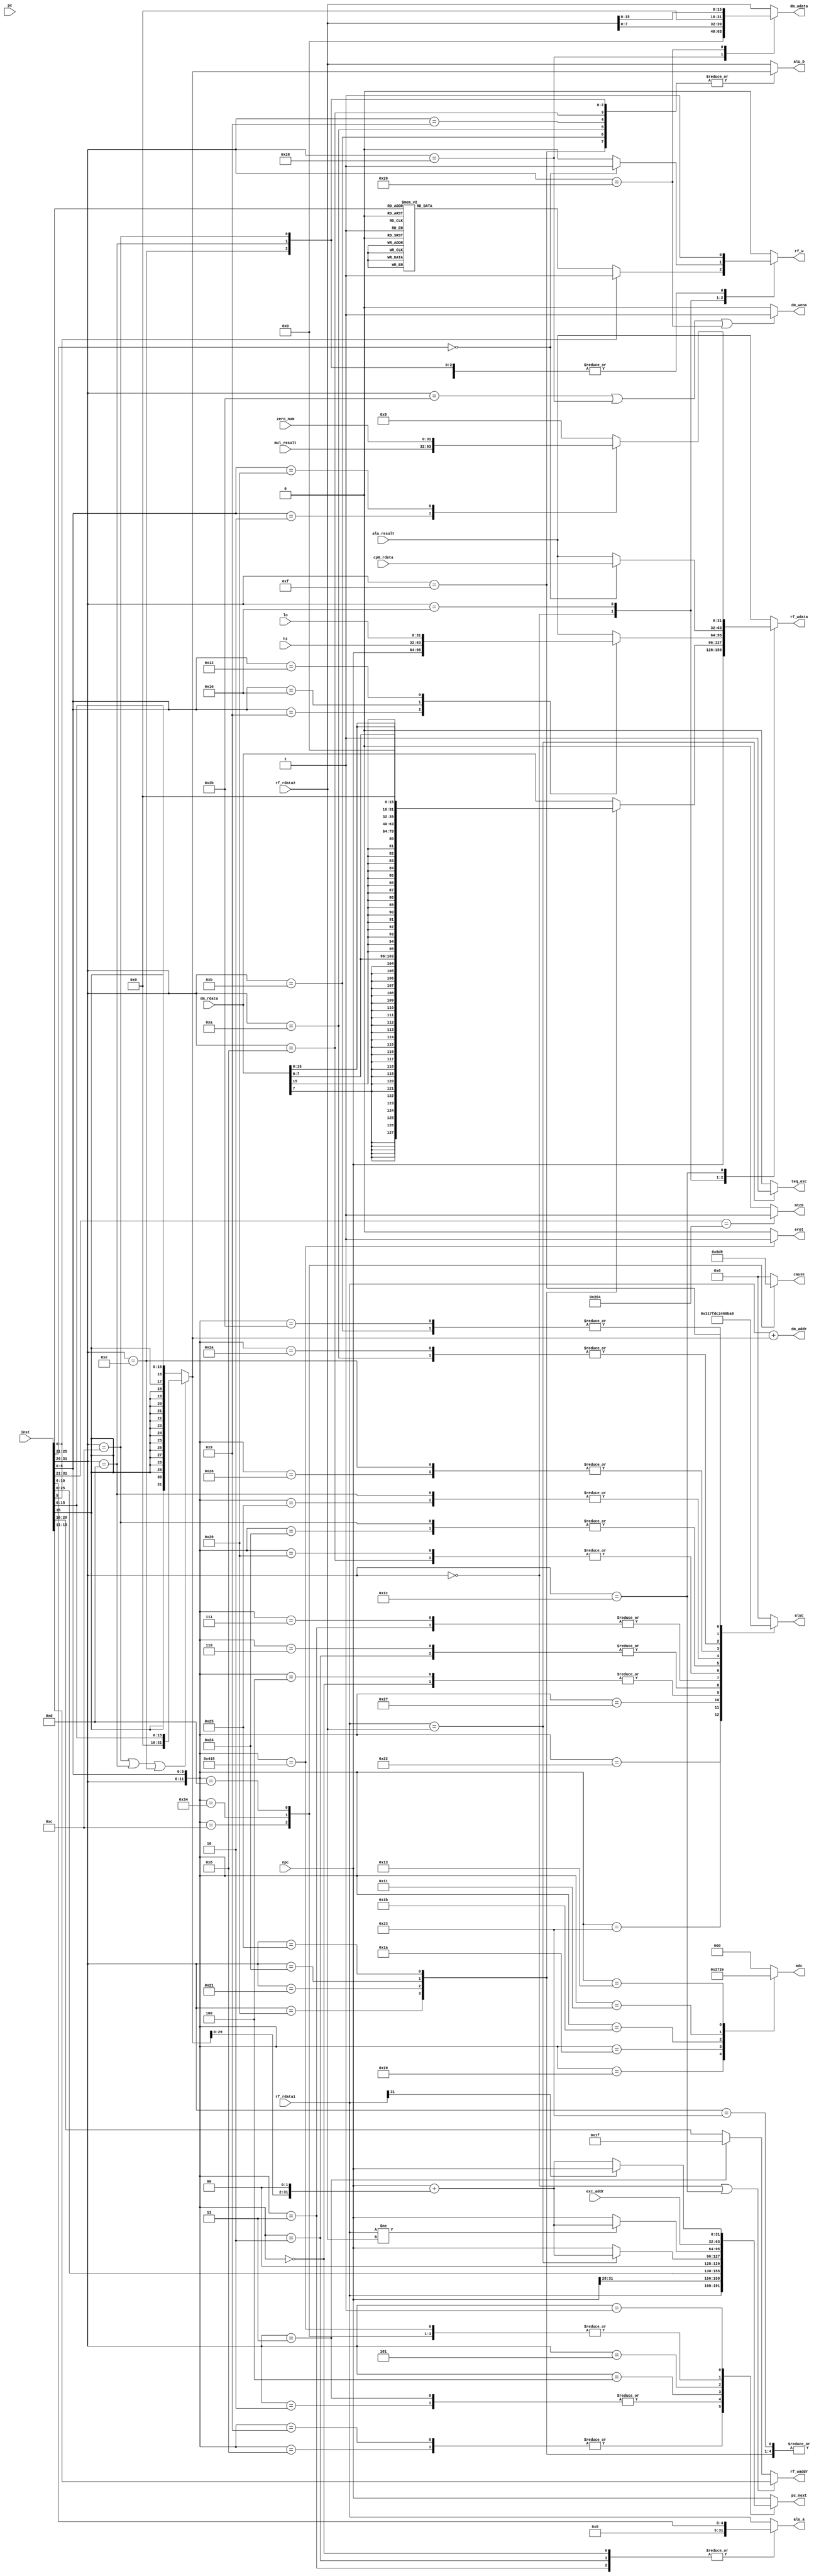
module controller(
    input  [31:0] inst,
    input  [31:0] pc,
    input  [31:0] npc,
    output reg [31:0] pc_next,
    //alu
    input  [31:0] alu_result,
    output reg [3 :0] aluc,
    output reg [31:0] alu_a,
    output reg [31:0] alu_b,
    //regfile
    output reg rf_w,
    output [4 :0] rf_waddr,
    output reg [31:0] rf_wdata,
    input  [31:0] rf_rdata1,
    input  [31:0] rf_rdata2,
    //dmem
    input  [31:0] dm_rdata,
    output [31:0] dm_addr,
    output reg [31:0] dm_wdata,
    output dm_wena,
    //cp0
    input [31:0] cp0_rdata,
    input [31:0] exc_addr,
    output mtc0,
    output eret,
    output teq_exc,
    output reg [3:0] cause,
    //muldiv
    input [31:0] mul_result,
    input [31:0] hi,
    input [31:0] lo,
    output reg [2:0] mdc,
    //
    input [31:0]zero_num
    );
    wire [4:0] rs,rt,rd;
    wire [5:0] op     =  inst[31:26];
    wire [5:0] func   =  inst[5 : 0];
    wire [25:0] addr  =  inst[25 :0];
    wire [31:0] shamt = {27'b0,inst[10:6]};         //zero-extend
    wire [31:0] imm   = (op==6'b001100||op ==6'b001101||op==6'b001110)?
                        {16'b0,inst[15:0]}:{ {16{inst[15]}}, inst[15:0]};
                        //andi ori xori => zero-extend , other => sign-extend
    assign        rs = inst[25:21];
    assign        rt = inst[20:16];
    assign        rd = inst[15:11];
    reg  [31:0] load_data;
    wire [31:0] pc_jmp = {npc[31:28], addr, 2'b00};
    wire [31:0] pc_branch = npc + (imm<<2);
    //sw\sb\sh  dmem write enable                    
    assign dm_wena  = (op==6'b101011||op ==6'b101000||op==6'b101001)?1:0;            
    assign dm_addr  = rf_rdata1 + imm;
    //R-type||clz->save to rd ; jal save to $31 ; other save to rt;                   
    assign rf_waddr = (op==6'b000000||op==6'b011100)?rd:((op ==6'b000011)?5'b11111:rt);                
    assign eret = ({op,func}==12'b010000_011000) ? 1 : 0;    //eret
    assign mtc0 = ({op,  rs}==11'b010000_00100 ) ? 1 : 0;    //mtc0
    assign teq_exc = (rf_rdata1 == rf_rdata2)    ? 1 : 0;
    wire   mfc0 = ({op,  rs}==11'b010000_00000 ) ? 1 : 0;    //mfc0
    
    always @(*)//pc
    begin
        casex ({op,func})
            12'b000000_001000:  pc_next <= rf_rdata1;   //jr PC<-rs
            12'b000000_001001:  pc_next <= rf_rdata1;   //jalr PC<-rs
            12'b000000_001100,12'b000000_001101,12'b000000_110100://syscall, break,teq
                                pc_next <= exc_addr;    //PC <- default excaddr
            12'b000010_xxxxxx,12'b000011_xxxxxx:          //j,jal pc<-npc[31:28],addr,00
                                pc_next <= pc_jmp;
            12'b000100_xxxxxx:  pc_next <= (rf_rdata1==rf_rdata2) ?pc_branch : npc;//beq
            12'b000101_xxxxxx:  pc_next <= (rf_rdata1!=rf_rdata2) ?pc_branch : npc;//bne     
            12'b010000_011000:  pc_next <= exc_addr;    //eret
            12'b000001_xxxxxx:  pc_next <= (rf_rdata1[31] == 0)   ?pc_branch : npc;//bgez
            default: pc_next <= npc;
        endcase
    end
    always @(*) begin//muldiv
        case ({op,func})
            12'b000000_011001: mdc <= 3'h2;//multu
            12'b000000_011010: mdc <= 3'h3;//div
            12'b000000_011011: mdc <= 3'h4;//divu
            12'b000000_010001: mdc <= 3'h5;//mthi
            12'b000000_010011: mdc <= 3'h6;//mtlo
                default: begin 
                mdc <= 0;
            end
        endcase
    end
    always @(*) begin//cp0
        case ({op,func})
            12'b000000_001100:  cause <= 4'b1000;//syscall
            12'b000000_110100:  cause <= 4'b1101;//teq
            12'b000000_001101:  cause <= 4'b1001;//break
            default: begin 
                cause <= 4'b0000;
            end
        endcase
    end
    always @(*) begin//DMEM
        case (op)
            6'b100011: load_data <= dm_rdata;                               //lw
            6'b100000: load_data <= {{24{dm_rdata[ 7]}}, dm_rdata[7 :0]};   //lb
            6'b100001: load_data <= {{16{dm_rdata[15]}}, dm_rdata[15:0]};   //lh
            6'b100100: load_data <= {24'b0, dm_rdata[7 :0]};                //lbu
            6'b100101: load_data <= {16'b0, dm_rdata[15:0]};                //lhu
                default: begin
                load_data <= dm_rdata;
            end
        endcase
    end
    always @(*) begin//DMEM
        case (op)
            6'b101011: dm_wdata <= rf_rdata2;                   //sw
            6'b101000: dm_wdata <= {24'b0, rf_rdata2[7:0]};     //sb
            6'b101001: dm_wdata <= {16'b0, rf_rdata2[15:0]};    //sh
            default: begin
                dm_wdata <= rf_rdata2;
            end
        endcase
    end
    
    always @(*)//ALU
    begin
        casex ({op,func})
            12'b000000_000000,12'b000000_000010,12'b000000_000011: begin    //sll\srl\sra
                alu_a <= shamt;                     //these three ins
                alu_b <= rf_rdata2;                 //caculate shamt and rt
            end
            /*addi, addiu,andi, ori, xori,slti, sltiu,lui*/
            12'b001000_xxxxxx,12'b001001_xxxxxx,12'b001100_xxxxxx,12'b001101_xxxxxx,
            12'b001110_xxxxxx,12'b001010_xxxxxx,12'b001011_xxxxxx,12'b001111_xxxxxx:begin
                alu_a <= rf_rdata1;
                alu_b <= imm;
            end
            default:begin
                alu_a <= rf_rdata1;
                alu_b <= rf_rdata2;
            end
        endcase
    end
    always @(*)//ALU
    begin
        casex ({op,func})
            12'b000000_100000:  aluc <= 4'b0010;    //add
            12'b000000_100001:  aluc <= 4'b0000;    //addu
            12'b000000_100010:  aluc <= 4'b0011;    //sub
            12'b000000_100011:  aluc <= 4'b0001;    //subu
            12'b000000_100100:  aluc <= 4'b0100;    //and
            12'b000000_100101:  aluc <= 4'b0101;    //or
            12'b000000_100110:  aluc <= 4'b0110;    //xor
            12'b000000_100111:  aluc <= 4'b0111;    //nor
            12'b000000_101010:  aluc <= 4'b1011;    //slt
            12'b000000_101011:  aluc <= 4'b1010;    //sltu
            12'b000000_000000,12'b000000_000100:    //sll\sllv
                                aluc <= 4'b1111;
            12'b000000_000010,12'b000000_000110:    //srl\srlv
                                aluc <= 4'b1101;
            12'b000000_000011,12'b000000_000111:    //sra\srav
                                aluc <= 4'b1100;
            12'b001000_xxxxxx:  aluc <= 4'b0010;    //addi
            12'b001001_xxxxxx:  aluc <= 4'b0000;    //addiu
            12'b001100_xxxxxx:  aluc <= 4'b0100;    //andi
            12'b001101_xxxxxx:  aluc <= 4'b0101;    //ori
            12'b001110_xxxxxx:  aluc <= 4'b0110;    //xori
            12'b001010_xxxxxx:  aluc <= 4'b1011;    //slti
            12'b001011_xxxxxx:  aluc <= 4'b1010;    //sltiu
            12'b001111_xxxxxx:  aluc <= 4'b1000;    //lui
            default:   aluc <= 0000;
        endcase
    end

    always @(*)//rf_w
    begin
        case (op)
            6'b00000:begin
                case(func)
                    6'b001000,
                    6'b001100,
                    6'b001101,
                    6'b011001,
                    6'b011010,
                    6'b011011,
                    6'b010001,
                    6'b010011:
                    /*jr,syscall, break:multu,div, divu,mthi, mtlo:*/
                        rf_w <= 0;
                    default: rf_w <= 1; //alu_op
                endcase
            end
            6'b001000,
            6'b001001,
            6'b001100,
            6'b001101,
            6'b001110,
            6'b100011,
            6'b001010,
            6'b001011,
            6'b001111,
            6'b000011,
            6'b100000,
            6'b100100,
            6'b100001,
            6'b100101:
            /*addi, addiu,andi, ori, xori,lw,slti, sltiu,
            lui,jal:lb, lbu,lh, lhu:*/      
                rf_w <= 1;         
            6'b010000:        
                rf_w <= (rs ==5'b000000) ? 1 : 0;   //mfc0
            6'b011100:        rf_w <= 1;    // clz && mul
            default:        rf_w <= 0;
        endcase
    end
    always @(*)//rf_wdata
    begin
        case (op)
            6'b000011: 
                rf_wdata <= npc;         //jal
            6'b100011,6'b100000,
            6'b100100,6'b100001,
            6'b100101: 
                rf_wdata <= load_data;   //lw,lb,lbu,lh,lhu
            6'b000000:begin
                case (func)
                    6'b001001: rf_wdata <= npc; //jalr
                    6'b010000: rf_wdata <= hi;  //mfhi
                    6'b010010: rf_wdata <= lo;  //mflo
                    default: rf_wdata <= alu_result; //alu_op
                endcase
            end
            6'b010000: 
                rf_wdata <= (rs == 5'b00000) ? cp0_rdata : alu_result;
            6'b011100 :begin //clz & mul
                case (func)
                    6'b000010: rf_wdata <= mul_result;  //mul
                    6'b100000: rf_wdata <= zero_num;
                    default: rf_wdata <= 32'h0;
                endcase
            end
            default: rf_wdata <= alu_result;
        endcase
    end
endmodule